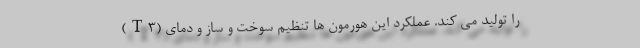
(T3) را تولید می کند. عملکرد این هورمون ها تنظیم سوخت و ساز و دمای